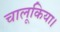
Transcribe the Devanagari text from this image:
चालूकिया।